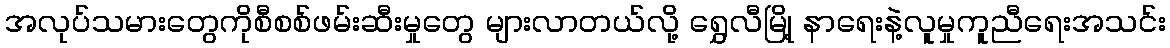
အလုပ်သမားတွေကိုစီစစ်ဖမ်းဆီးမှုတွေ များလာတယ်လို့ ရွှေလီမြို့ နာရေးနဲ့လူမှုကူညီရေးအသင်း